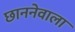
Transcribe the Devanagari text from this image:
छाननेवाला